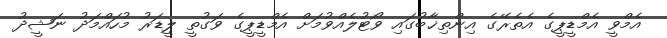
އެމްވީ އެމްޑީޕީގެ އެތެރޭގެ އިންތިޚާބުގައި ވޯޓުލެއްވުމަށް އެމްޑީޕީގެ ވަގުތީ ލީޑަރު މުހައްމަދު ނަޝީދު